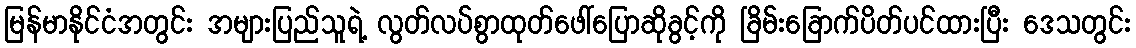
မြန်မာနိုင်ငံအတွင်း အများပြည်သူရဲ့ လွတ်လပ်စွာထုတ်ဖေါ်ပြောဆိုခွင့်ကို ခြိမ်းခြောက်ပိတ်ပင်ထားပြီး ဒေသတွင်း